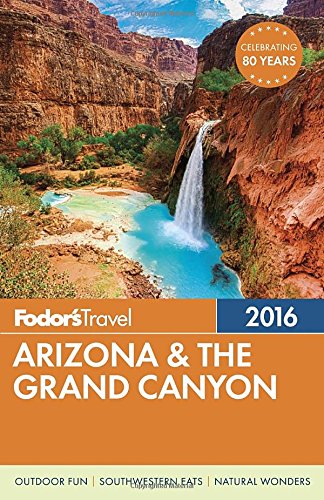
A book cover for Fodor's Arizona & the Grand Canyon 2016 (Full-color Travel Guide); Fodor's; Travel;